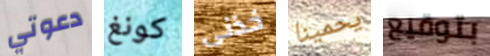
دعوتي كونغ خذنى يحمينا بتوقيع